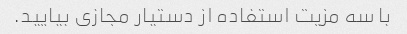
با سه مزیت استفاده از دستیار مجازی بیایید.